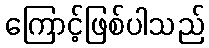
ကြောင့်ဖြစ်ပါသည်